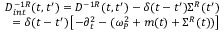
\begin{array} { r l r } & { } & { D _ { i n t } ^ { - 1 R } ( t , t ^ { \prime } ) = D ^ { - 1 R } ( t , t ^ { \prime } ) - \delta ( t - t ^ { \prime } ) \Sigma ^ { R } ( t ^ { \prime } ) } \\ & { } & { = \delta ( t - t ^ { \prime } ) \left[ - \partial _ { t } ^ { 2 } - ( \omega _ { P } ^ { 2 } + m ( t ) + \Sigma ^ { R } ( t ) ) \right] } \end{array}